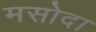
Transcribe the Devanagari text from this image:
मसोदा